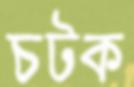
চটক